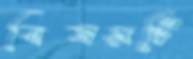
বিষয়টি